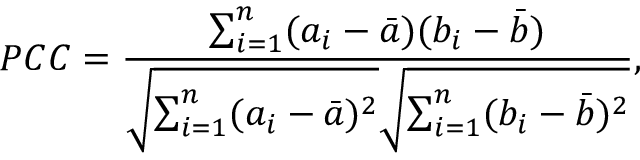
P C C = \frac { \sum _ { i = 1 } ^ { n } ( a _ { i } - \bar { a } ) ( b _ { i } - \bar { b } ) } { \sqrt { \sum _ { i = 1 } ^ { n } ( a _ { i } - \bar { a } ) ^ { 2 } } \sqrt { \sum _ { i = 1 } ^ { n } ( b _ { i } - \bar { b } ) ^ { 2 } } } ,